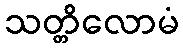
သတ္တိလောမံ